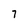
Character: 7